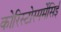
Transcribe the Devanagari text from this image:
कोरिस्टोस्पर्मेसिई